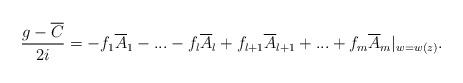
LaTeX: \begin{align*}\frac{g-\overline{C}}{2i}=-f_{1}\overline{A}_{1}-...-f_{l}\overline{A}_{l}+ f_{l+1}\overline{A}_{l+1}+...+f_{m}\overline{A}_{m}|_{w=w(z)}.\end{align*}